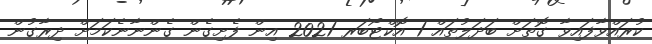
ކުރައްވާފައިވާ ގޮތަށް ބަދަލުތައް 1 އޮކްޓޯބަރ 2021 އިން ފެށިގެން ގެންނާނެކަމަށް ދިރާގުން